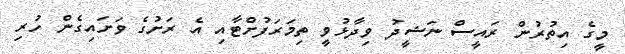
މީގެ އިތުރުން ރައީސް ނަޝީދު ވިދާޅުވީ ތިމަރަފުށްޓާއި އެ ރަށުގެ ވަށައިގެން ހުރި